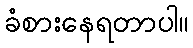
ခံစားနေရတာပါ။